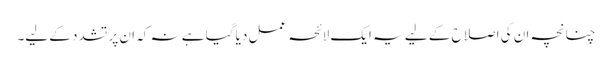
چنانچہ ان کی اصلاح کے لیے یہ ایک لائحہ عمل دیا گیا ہے نہ کہ ان پر تشدد کے لیے۔